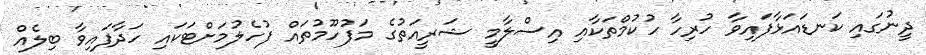
ދީނުގައި ކަނޑައަޅާފައިވާ ހުރިހާ ހުކުމްތަކާއި އިސްލާމީ ޝަރީއަތުގެ މަފުހޫމުތައް ފުހެލުމަށްޓަކައި ހަދާފައިވާ ބިލެއް